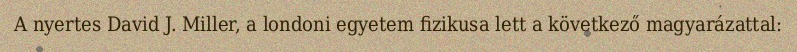
A nyertes David J. Miller, a londoni egyetem fizikusa lett a következő magyarázattal: